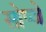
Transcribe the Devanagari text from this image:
सोप्जे